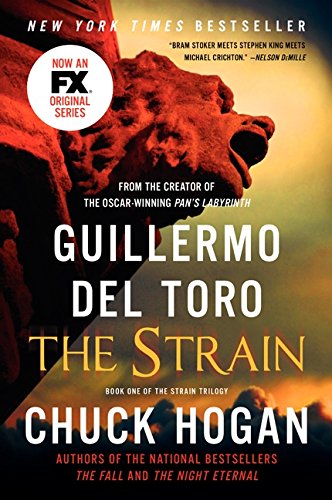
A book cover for The Strain; Guillermo Del Toro; Mystery, Thriller & Suspense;